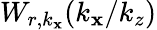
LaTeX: W_{r,k_{\mathbf{x}}}(k_{\mathbf{x}}/k_{z})